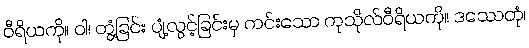
ဝီရိယကို။ ဝါ၊ တွံ့ခြင်း ပျံ့လွင့်ခြင်းမှ ကင်းသော ကုသိုလ်ဝီရိယကို။ ဒဿေတုံ၊